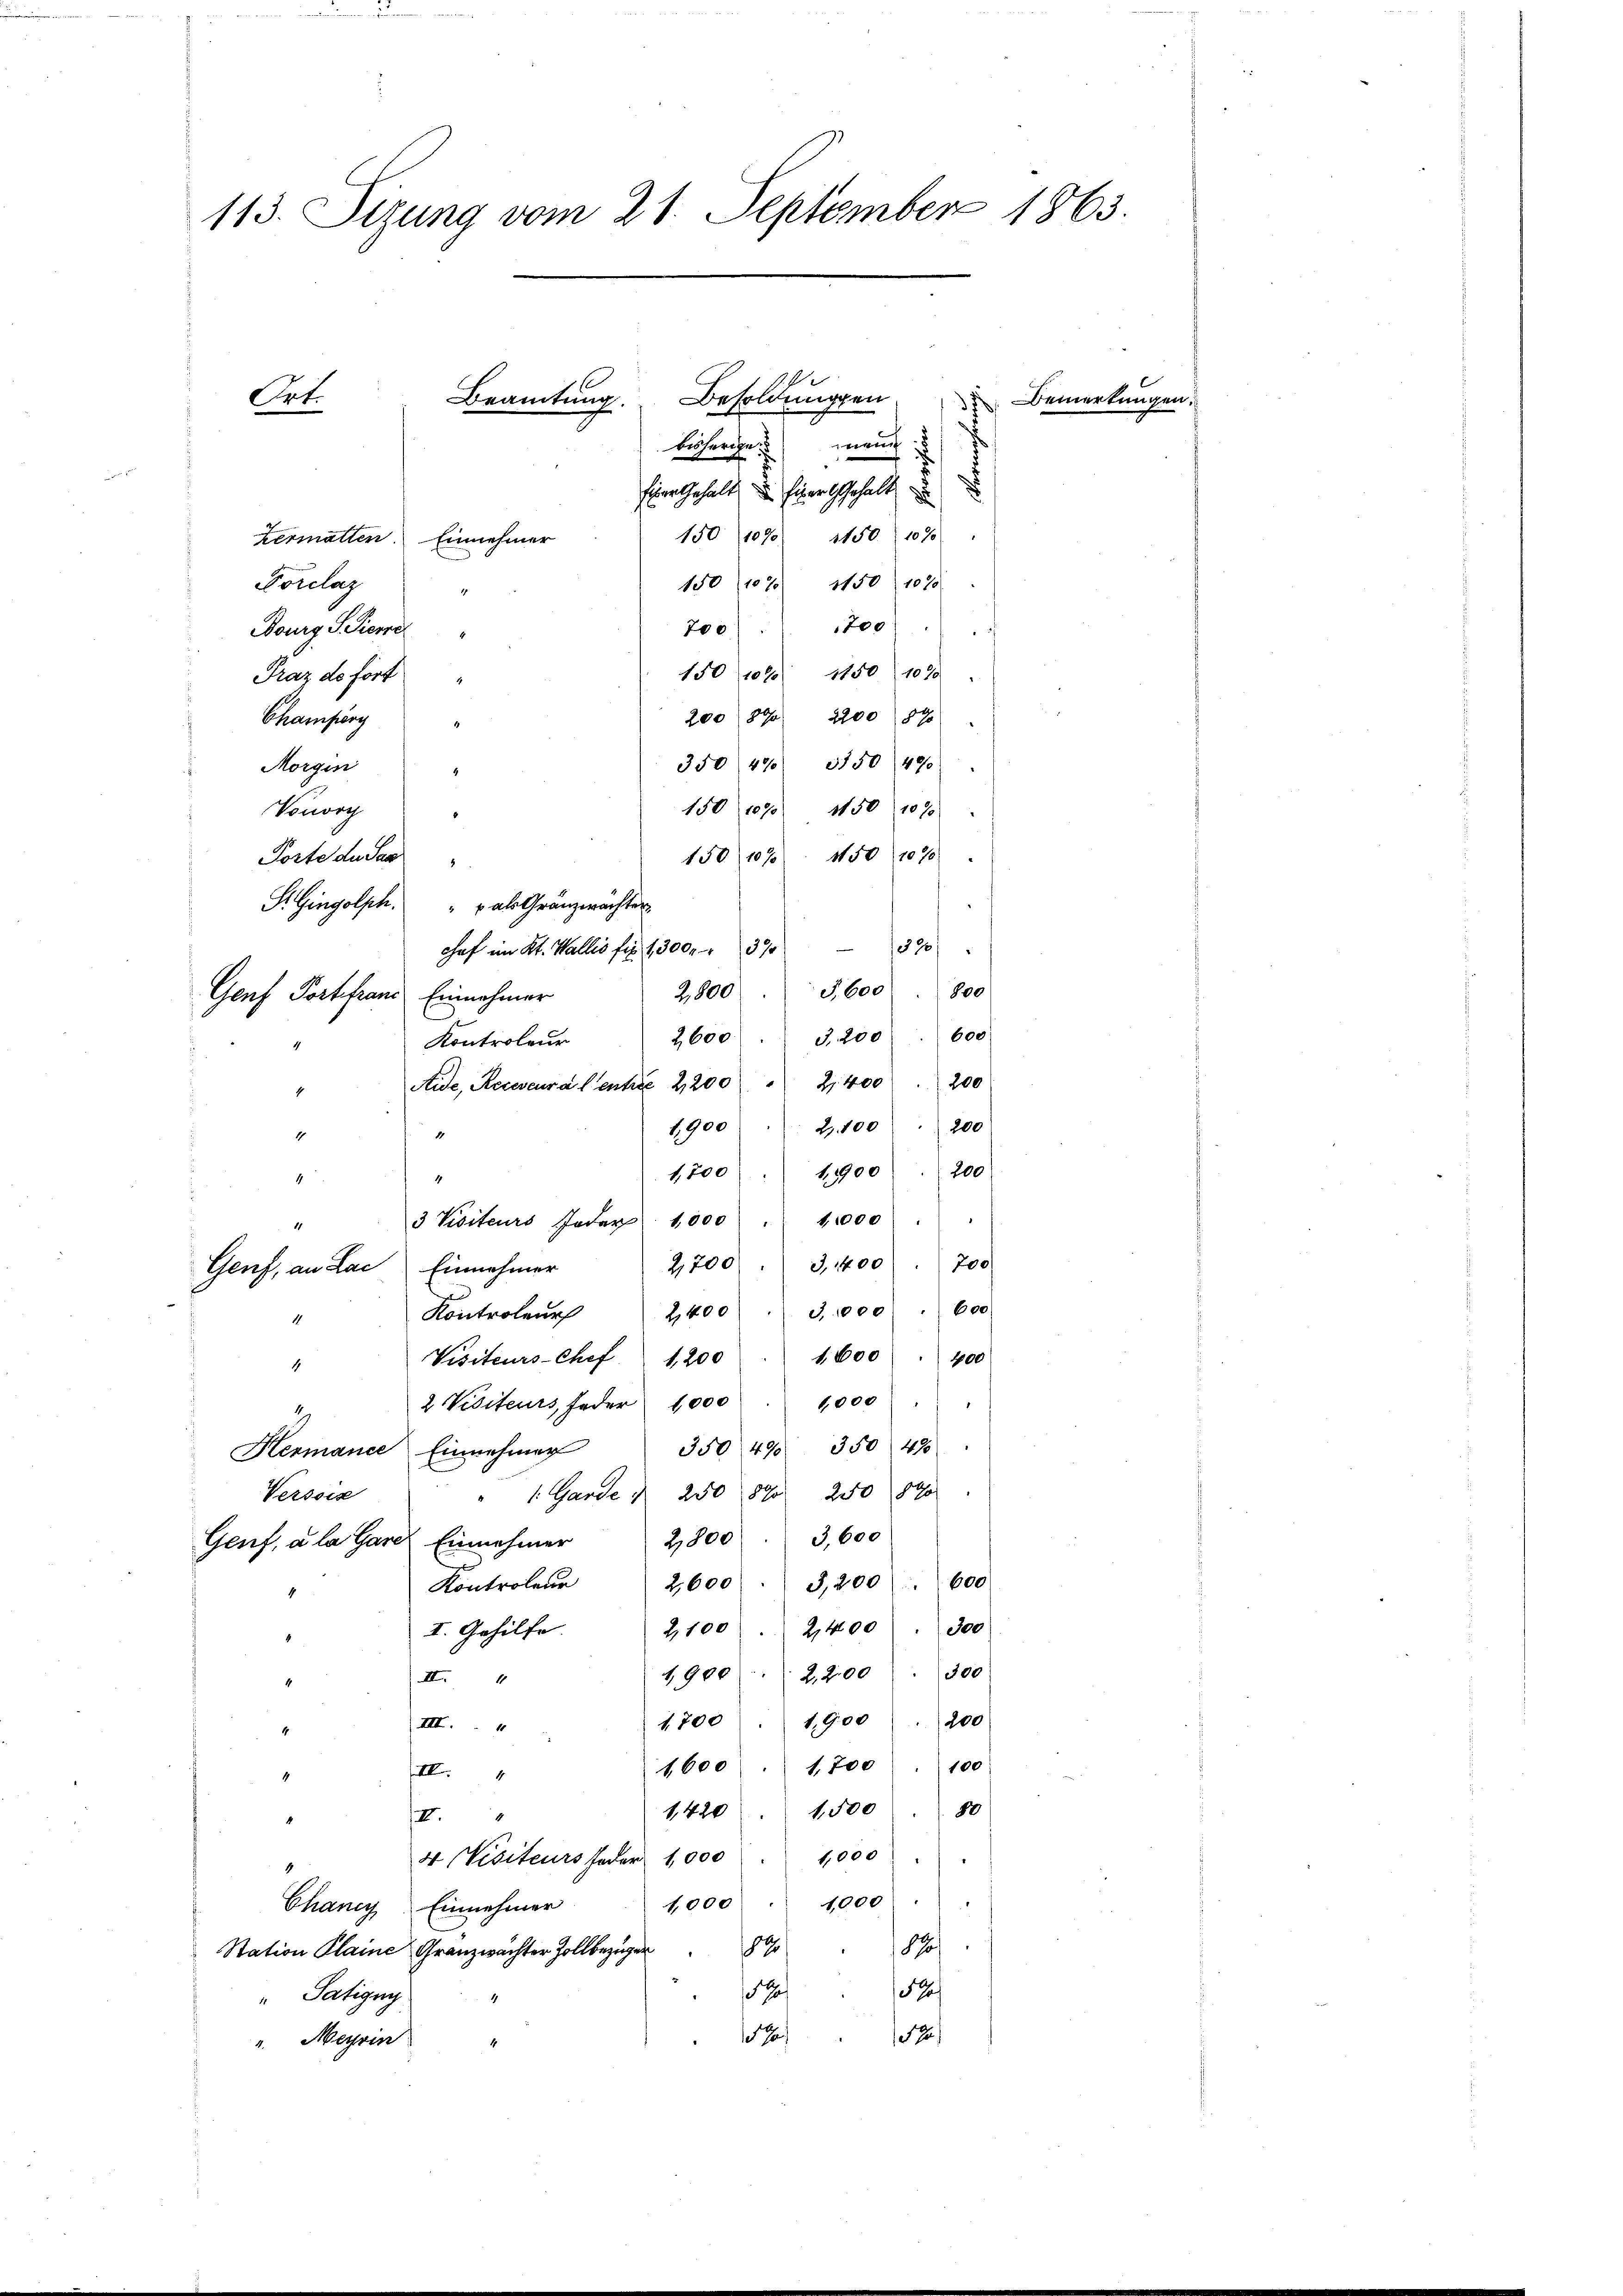
113. Sizung vom 21. September 1863.
Beamtŭng. Besoldŭngen Bemerkungen.
Ort.

mauch 18 f
besherchen

finer Gehalt zu Einer Gehalt
150 (1090. 1150 1090)
Hermatten. Einnehmer
Forclaz
150 (107 1150 1070
700 " 1200
Bourg S. Tiere
150 (109. 1150 1020
Fraz do fort
200 890. 2200 87
Champörg
35047 3550 (490
Morgen
150, 1090. 1150 1090
Vouvry
150 (107 150 (1070
Porte der Saal
S. Gingolph " " als Gränzwachter
chof im Kt. Wallis fie 1300 " " 37 300
3,600 " 800
2,800
Genf Portfranz Einnahmer
600
3,200
Kontroler 2600
Aide, Recescura l’entre 2,200 " 2400 200
2100 " 200
1,900
1
1,700 " 11900 " 200
.
3 Visiteurs oder 1000 " 10000
2,700  3,4400 " 700
Einnehmer
Genf, an Lai
600
3,1000
Kontroleur
2,400
1
Visiteurs-Chef 1200 " 1,600 " 400
4
2 Visiteurs Feder 1000 " 1000 " "
u
350 490 350 48
Hermance Einnehmer
" 1. Garde d. 250 1890 250 890
Versois
3,600
2,800
Genf, a la Garer Einnehmer
2,600  3,200 " 600
Kontroleur
2,100. 2400. 300
II. Gehilfe.
500
1900 2,200
XII. 4
1,900
200
1,700
III 4
1600 " 1,700 " 100
VIII 4
i
1420 " 1500 50
III.
1,000
4 Visiteurs Feder 1,000
1,000 " 1000
Chancy Einnehmer
18/
89
Station Plaine Granzwachter Zollbezuger
5
e
" Tätigung
r
1
Meyrin